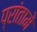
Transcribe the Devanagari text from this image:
प्रांतामे